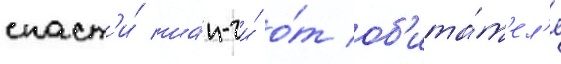
спаст'и́ ша́н-чи́ о́т об'ита́т'ел'я